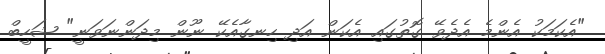
"އެކަމަކު އެންމެ އެދެވޭ ގޮތުގައި އެކަން އަދި ހިނގާއެކޭ ނޫން މިދަންނަވަނީ" ޝަހީބް